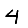
Digit: 4